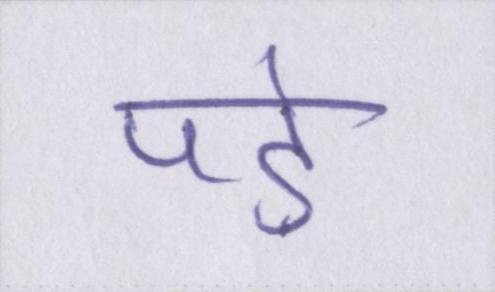
पड़े